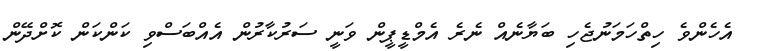
އެހެންވެ ހިތްހަމަނުޖެހި ބަޔާނެއް ނެރެ އެމްޑީޕީން ވަނީ ސަރުކާރުން އެއްބަސްވި ކަންކަން ކޮށްދޭން